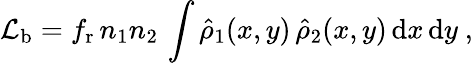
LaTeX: {\mathcal L}_{\mathrm b}=f_{\mathrm r}\, n_{1}n_{2}\, \int{\hat{\rho}_{1}(x,y)}\, \hat{\rho}_{2}(x,y)\, \mathrm{d}x\, \mathrm{d}y~,